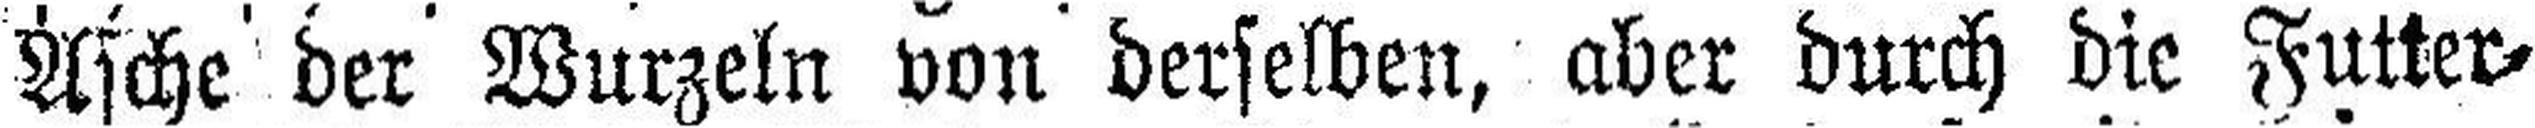
Asche der Wurzeln von derselben, aber durch die Futter¬